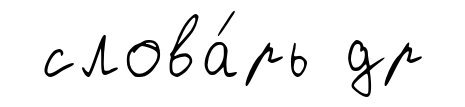
слова́рь др